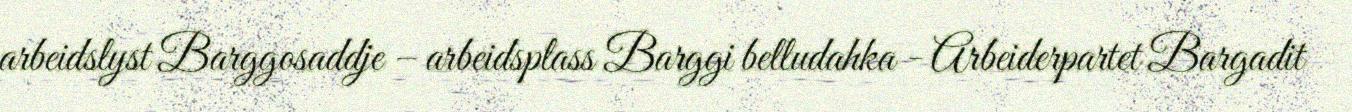
arbeidslyst Barggosaddje – arbeidsplass Barggi belludahka - Arbeiderpartet Bargadit